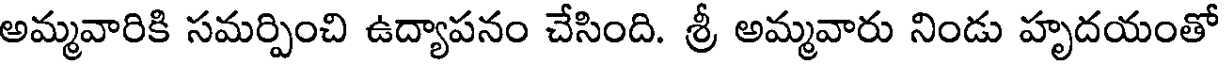
అమ్మవారికి సమర్పించి ఉద్యాపనం చేసింది. శ్రీ అమ్మవారు నిండు హృదయంతో